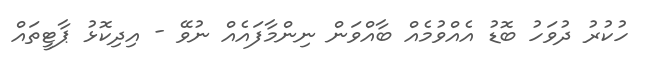
ހުކުރު ދުވަހު ބޮޑު އެއްވުމެއް ބާއްވަން ނިންމާފައެއް ނުވޭ - އިދިކޮޅު ޕާޓީތައް